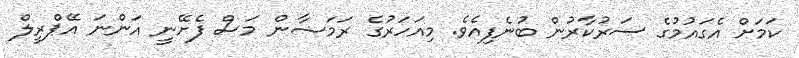
ކަމަށް އެގައުމުގެ ސަރުކާރުން ބުނެފިއެވެ. މިއަހަރުގެ ރަމަޟާން މަސް ފެށޭނީ އަންނަ އޭޕްރީލް